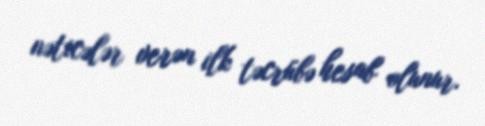
nəticələr verən ilk təcrübə hesab olunur.